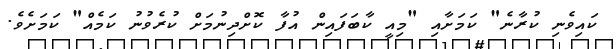
ކައިވެނި ކުރާނެ" ކަމަށާއި "މިއީ ކާބަފައިން އުފާ ކޮށްދިނުމަށް ކުރެވުނު ކަމެއް" ކަމަށެވެ.